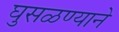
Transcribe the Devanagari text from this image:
घुसळण्याने